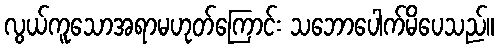
လွယ်ကူသောအရာမဟုတ်ကြောင်း သဘောပေါက်မိပေသည်။